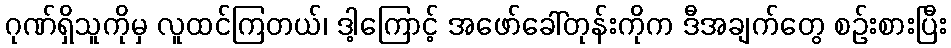
ဂုဏ်ရှိသူကိုမှ လူထင်ကြတယ်၊ ဒါ့ကြောင့် အဖော်ခေါ်တုန်းကိုက ဒီအချက်တွေ စဉ်းစားပြီး